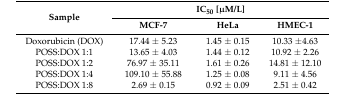
| <ROWSPAN=2> Sample | <COLSPAN=3> IC50 [μM/L] |
 | MCF-7 | HeLa | HMEC-1 |
 | --- | --- | --- | --- |
 | Doxorubicin (DOX) | 17.44 ± 5.23 | 1.45 ± 0.15 | 10.33 ±4.63 |
 | POSS:DOX 1:1 | 13.65 ± 4.03 | 1.44 ± 0.12 | 10.92 ± 2.26 |
 | POSS:DOX 1:2 | 76.97 ± 35.11 | 1.61 ± 0.26 | 14.81 ± 12.10 |
 | POSS:DOX 1:4 | 109.10 ± 55.88 | 1.25 ± 0.08 | 9.11 ± 4.56 |
 | POSS:DOX 1:8 | 2.69 ± 0.15 | 0.92 ± 0.09 | 2.51 ± 0.42 |